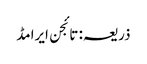
ذریعہ: تائجن ایرامڈ